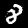
Digit: 8